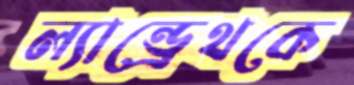
ল্যান্ড্রেথকে